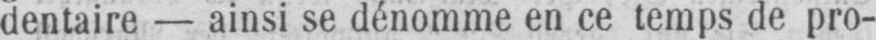
dentaire - ainsi se dénomme en ce temps de pro-